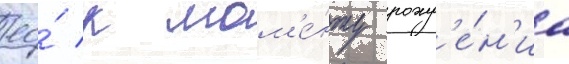
ео́ к мом'е́нту рожд'е́н'иа